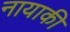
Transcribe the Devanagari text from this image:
नायाकी